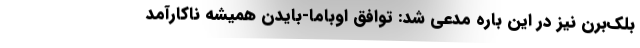
بلک‌برن نیز در این باره مدعی شد: توافق اوباما-بایدن همیشه ناکارآمد